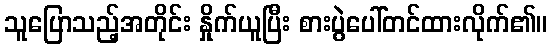
သူပြောသည့်အတိုင်း နှိုက်ယူပြီး စားပွဲပေါ်တင်ထားလိုက်၏။